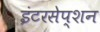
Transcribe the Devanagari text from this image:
इंटरसेप्शन